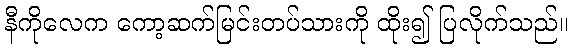
နီကိုလေက ကော့ဆက်မြင်းတပ်သားကို ထိုး၍ ပြလိုက်သည်။